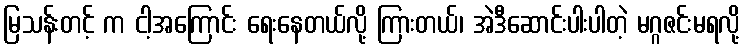
မြသန်းတင့် က ငါ့အကြောင်း ရေးနေတယ်လို့ ကြားတယ်၊ အဲဒီဆောင်းပါးပါတဲ့ မဂ္ဂဇင်းမရလို့